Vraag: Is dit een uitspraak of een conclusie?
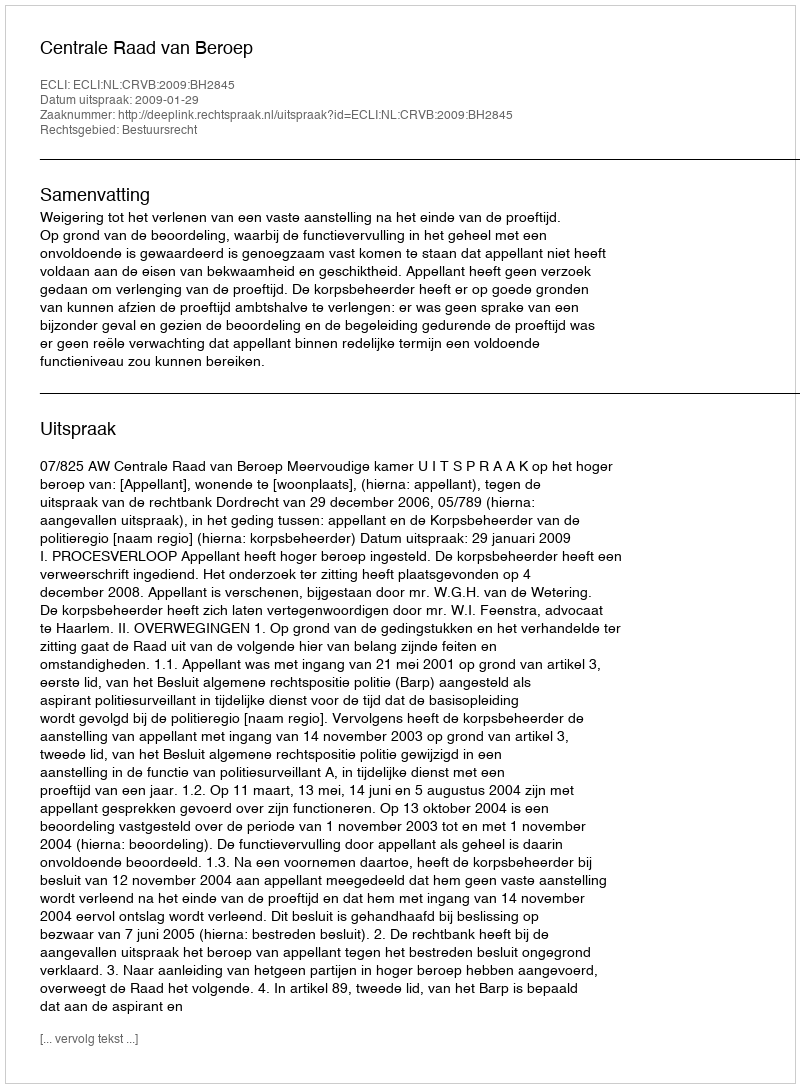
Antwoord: Uitspraak